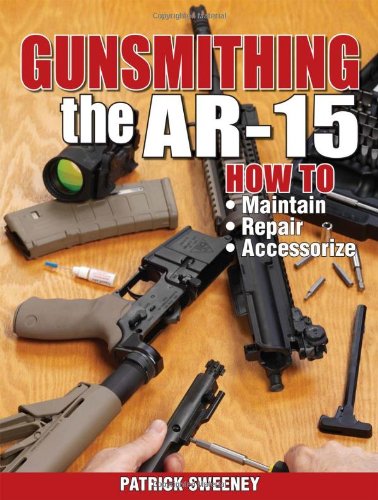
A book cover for Gunsmithing - The AR-15; Patrick Sweeney; Sports & Outdoors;